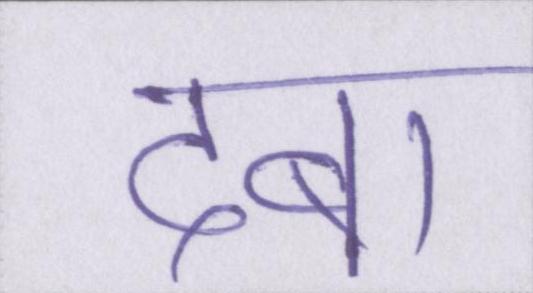
दबा